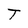
Character: T